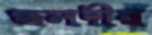
জলদীর